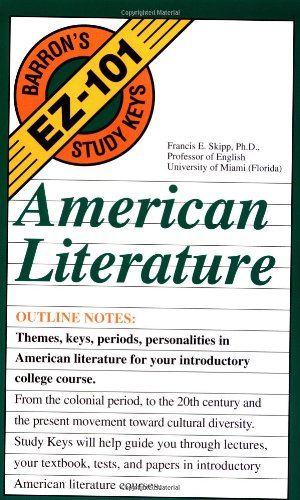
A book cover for American Literature (EZ-101 Study Keys); Francis E. Skipp; Literature & Fiction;